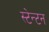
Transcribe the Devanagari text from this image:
स्टेन्टन